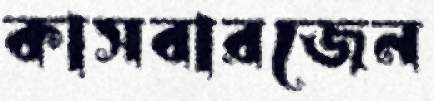
কাসবারজেন